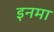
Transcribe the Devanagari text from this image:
इनमा